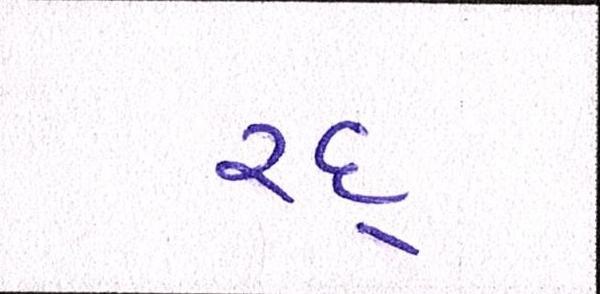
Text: રદ્